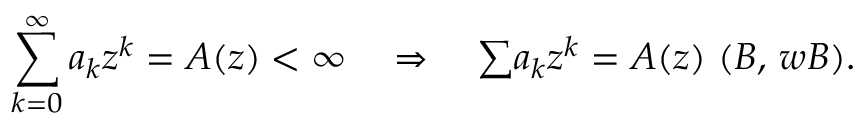
\sum _ { k = 0 } ^ { \infty } a _ { k } z ^ { k } = A ( z ) < \infty \quad \Rightarrow \quad { \textstyle \sum } a _ { k } z ^ { k } = A ( z ) \, \, ( \boldsymbol { B } , \, \boldsymbol { w B } ) .